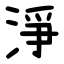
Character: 淨